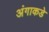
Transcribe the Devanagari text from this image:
अंगाकडे